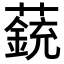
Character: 𧀏